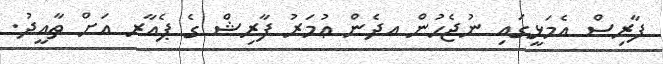
ފާރިސް އެމަޅީގައި ނުޖެހުން އދެން ޢުމަރު ފާރިޝް ގެ ޕެއާރ އަށް ތާއީދު.